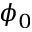
\phi _ { 0 }